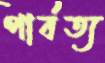
পার্বত্য